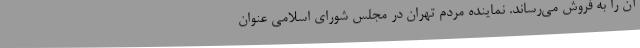
آن را به فروش می‌رساند. نماینده مردم تهران در مجلس شورای اسلامی عنوان